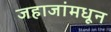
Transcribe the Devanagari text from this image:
जहाजांमधून